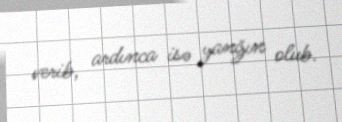
verib, ardınca isə yanğın olub.